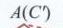
\(A(C')\)